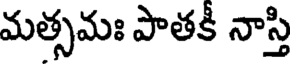
మత్సమః పాతకీ నాస్తి